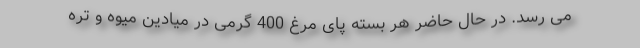
می رسد. در حال حاضر هر بسته پای مرغ 400 گرمی در میادین میوه و تره